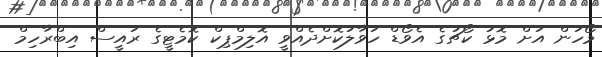
މޯހަން އަށް މޮޅު ކޯޗުގެ އެވޯޑް ހަވާލުކޮށްދެއްވީ އޮލިމްޕިކް ކޮމެޓީގެ ރައީސް އިބްރާހިމް